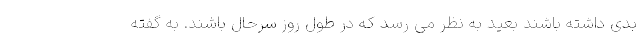
بدی داشته باشند بعید به نظر می رسد که در طول روز سرحال باشند. به گفته